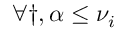
\forall \dag , \alpha \leq \nu _ { i }